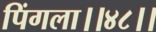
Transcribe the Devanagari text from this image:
पिंगला।।४८।।